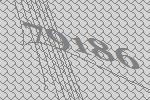
79186